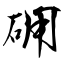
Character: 砽